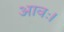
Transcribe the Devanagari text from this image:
आवः।